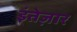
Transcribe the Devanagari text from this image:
इंतेज़ार